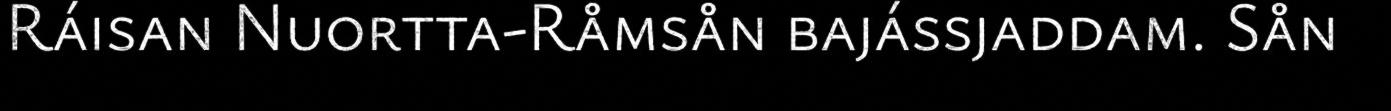
Ráisan Nuortta-Råmsån bajássjaddam. Sån